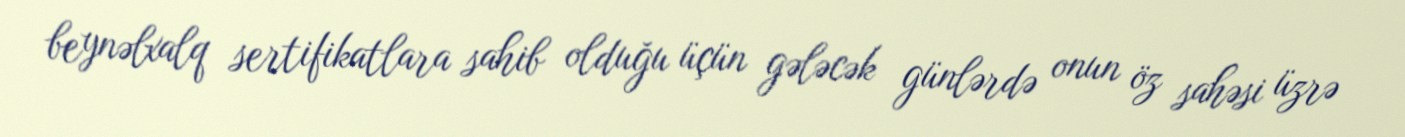
beynəlxalq sertifikatlara sahib olduğu üçün gələcək günlərdə onun öz sahəsi üzrə